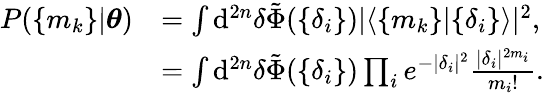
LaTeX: \begin{array}{rl}{P(\{ m_{k}\} |\boldsymbol{\theta})}&{=\int\mathrm{d}^{2n}{\delta}\tilde{\Phi}(\{ \delta_{i}\} )|\langle\{ m_{k}\} |\{ \delta_{i}\} \rangle|^{2},}\\ &{=\int\mathrm{d}^{2n}{\delta}\tilde{\Phi}(\{ \delta_{i}\} )\prod_{i}e^{-|\delta_{i}|^{2}}\frac{|\delta_{i}|^{2m_{i}}}{m_{i}!}.}\end{array}